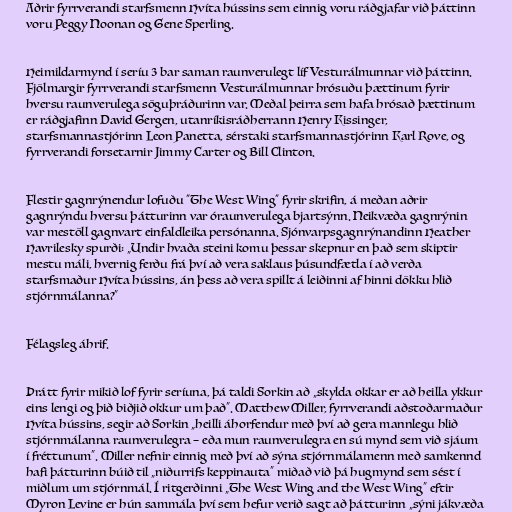
Aðrir fyrrverandi starfsmenn Hvíta hússins sem einnig voru ráðgjafar við þáttinn
voru Peggy Noonan og Gene Sperling.

Heimildarmynd í seríu 3 bar saman raunverulegt líf Vesturálmunnar við þáttinn.
Fjölmargir fyrrverandi starfsmenn Vesturálmunnar hrósuðu þættinum fyrir
hversu raunverulega söguþráðurinn var. Meðal þeirra sem hafa hrósað þættinum
er ráðgjafinn David Gergen, utanríkisráðherrann Henry Kissinger,
starfsmannastjórinn Leon Panetta, sérstaki starfsmannastjórinn Karl Rove, og
fyrrverandi forsetarnir Jimmy Carter og Bill Clinton.

Flestir gagnrýnendur lofuðu "The West Wing" fyrir skrifin, á meðan aðrir
gagnrýndu hversu þátturinn var óraunverulega bjartsýnn. Neikvæða gagnrýnin
var mestöll gagnvart einfaldleika persónanna. Sjónvarpsgagnrýnandinn Heather
Havrilesky spurði: „Undir hvaða steini komu þessar skepnur en það sem skiptir
mestu máli, hvernig ferðu frá því að vera saklaus þúsundfætla í að verða
starfsmaður Hvíta hússins, án þess að vera spillt á leiðinni af hinni dökku hlið
stjórnmálanna?“

Félagsleg áhrif.

Þrátt fyrir mikið lof fyrir seríuna, þá taldi Sorkin að „skylda okkar er að heilla ykkur
eins lengi og þið biðjið okkur um það“. Matthew Miller, fyrrverandi aðstoðarmaður
Hvíta hússins, segir að Sorkin „heilli áhorfendur með því að gera mannlegu hlið
stjórnmálanna raunverulegra – eða mun raunverulegra en sú mynd sem við sjáum
í fréttunum“. Miller nefnir einnig með því að sýna stjórnmálamenn með samkennd
hafi þátturinn búið til „niðurrifs keppinauta“ miðað við þá hugmynd sem sést í
miðlum um stjórnmál. Í ritgerðinni „The West Wing and the West Wing“ eftir
Myron Levine er hún sammála því sem hefur verið sagt að þátturinn „sýni jákvæða